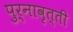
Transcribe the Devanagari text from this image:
पुर्नावृत्ती